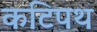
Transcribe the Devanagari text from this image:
कटिपथ